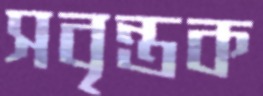
সবৃন্তক